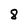
Character: 8